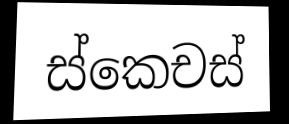
ස්කෙචස්